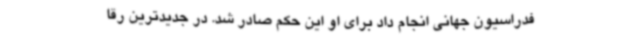
فدراسیون جهانی انجام داد برای او این حکم صادر شد. در جدیدترین رقا